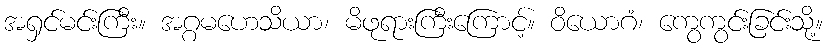
အရှင်မင်းကြီး။ အဂ္ဂမဟေသိယာ၊ မိဖုရားကြီးကြောင့်။ ဝိယောဂံ၊ ကွေကွင်းခြင်းသို့။